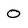
Character: 0